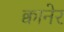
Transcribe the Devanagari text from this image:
क्वानेर